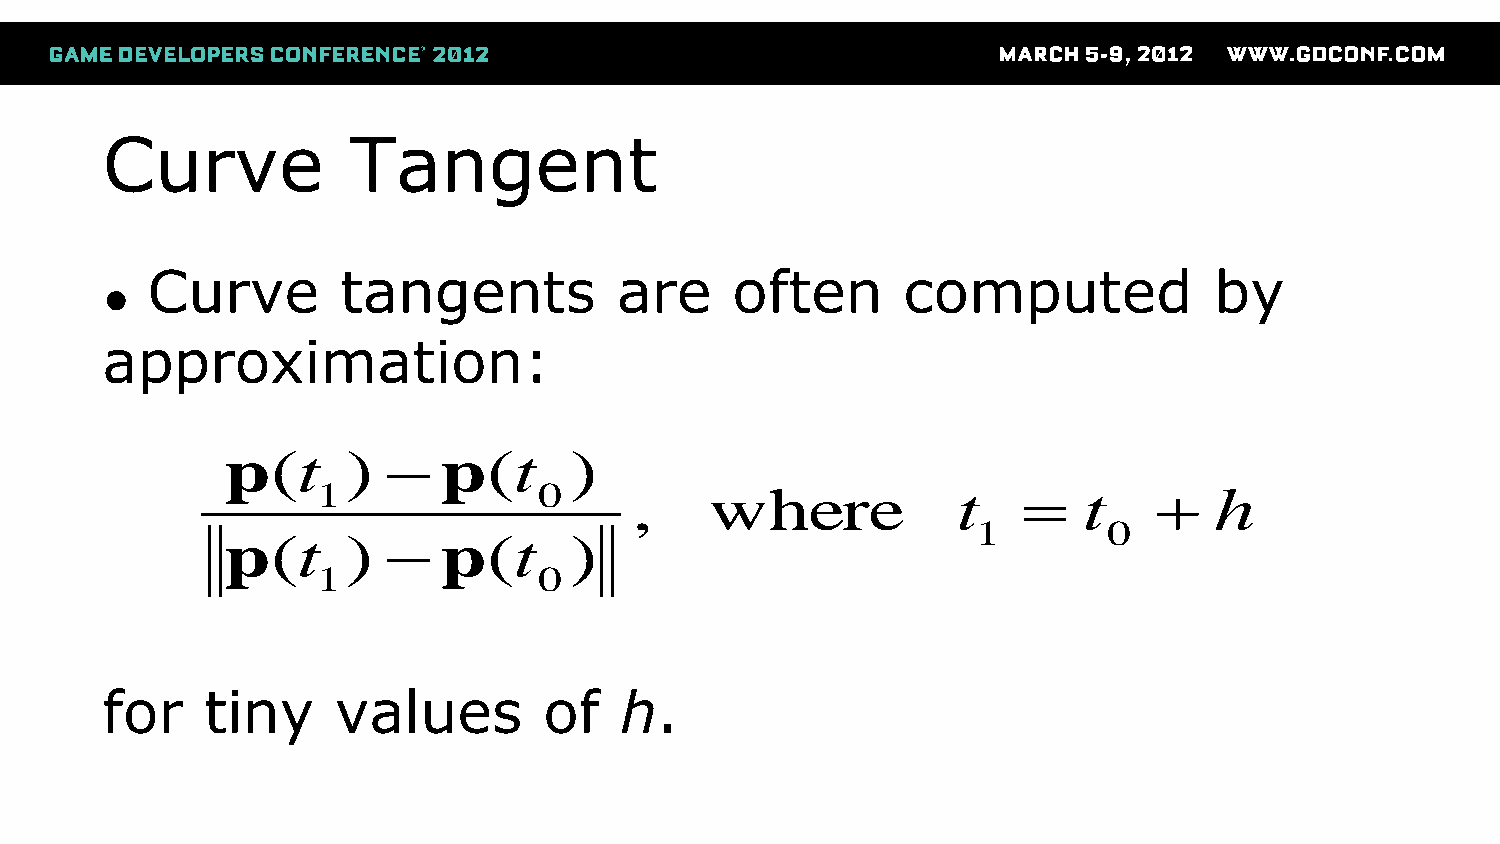
Curve           Tangent
 Curve        tangents          are    often       computed            by
 ●
 approximation:
 p(t     )    p(t      )
 1              0     ,    where           t       t      h
 1       0
 p(t     )    p(t      )
 1              0
 for    tiny    values        of   h.